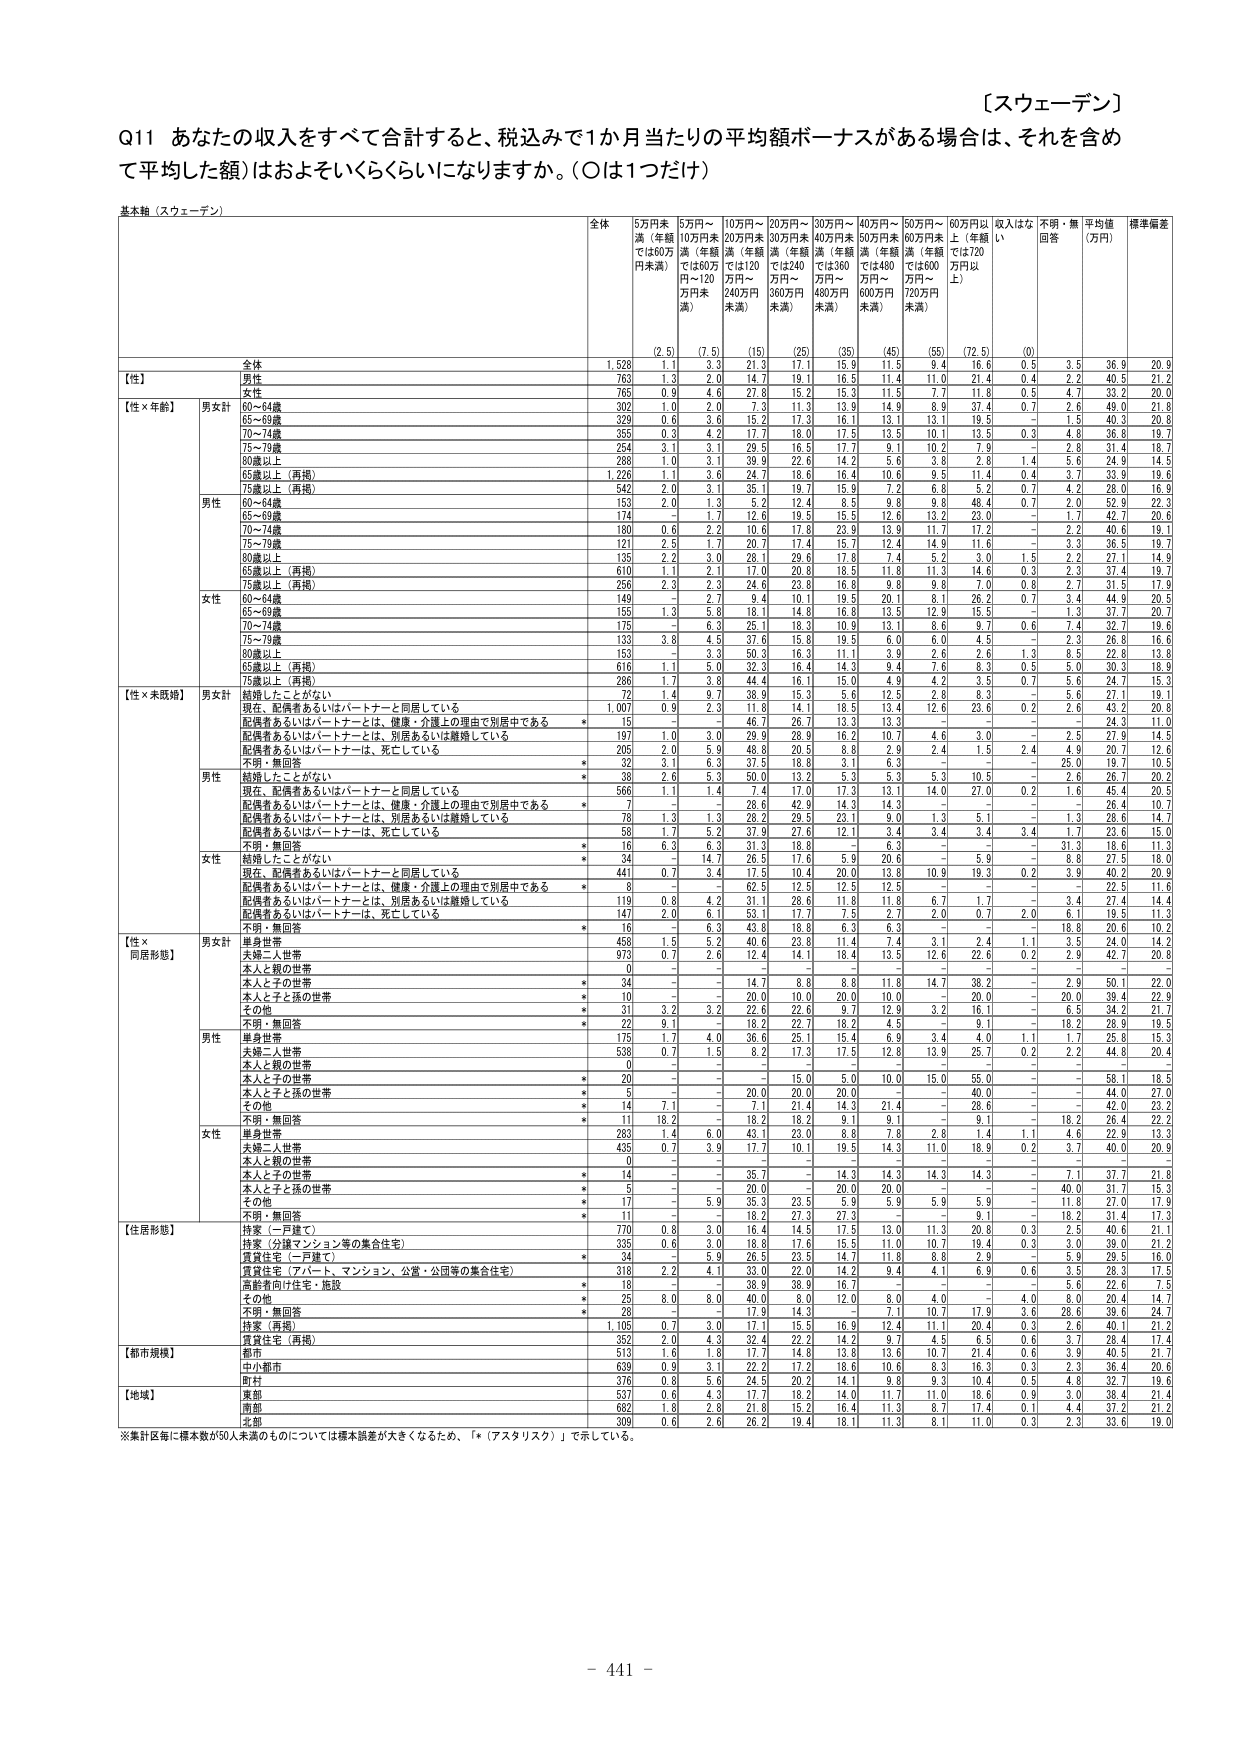
【スウェーデン】

Q11 あなたの収入をすべて合計すると、税込みで1か月当たりの平均額ボーナスがある場合は、それを含めて平均した額）はおよそいくらくらいになりますか。（○は1つだけ）

基本軸（スウェーデン）

全体 5万円未満（年額では60万円未満） 5万円～10万円未満（年額では60万円～120万円未満） 10万円～20万円未満（年額では120万円～240万円未満） 20万円～30万円未満（年額では240万円～360万円未満） 30万円～40万円未満（年額では360万円～480万円未満） 40万円～50万円未満（年額では480万円～600万円未満） 50万円～60万円未満（年額では600万円～720万円未満） 60万円以上（年額では720万円以上） 収入はない 不明・無回答 平均値（万円） 標準偏差

全体 1,528 1.1 3.3 21.3 17.1 15.9 11.5 9.4 16.6 0.5 3.5 36.9 20.9
（2.5） （7.5） （15） （25） （35） （45） （55） （72.5） （0）

【性】
男性 763 1.3 2.0 14.7 19.1 16.5 11.4 11.0 21.4 0.4 2.2 40.5 21.2
女性 765 0.9 4.6 27.8 15.2 15.3 11.5 7.7 11.8 0.5 4.7 33.2 20.0

【性×年齢】
男女計 60～64歳 302 1.0 2.0 7.3 11.3 13.9 14.9 8.9 37.4 0.7 2.6 49.0 21.8
65～69歳 329 0.6 3.6 15.2 17.3 16.1 13.1 13.1 19.5 － 1.5 40.3 20.8
70～74歳 355 0.3 4.2 17.7 18.0 17.5 13.5 10.1 13.5 0.3 4.8 36.8 19.7
75～79歳 254 3.1 3.1 29.5 16.5 17.7 9.1 10.2 7.9 － 2.8 31.4 18.7
80歳以上 288 1.0 3.1 39.9 22.6 14.2 5.6 3.8 2.8 1.4 5.6 24.9 14.5
65歳以上（再掲） 1,226 1.1 3.6 24.7 18.6 16.4 10.6 9.5 11.4 0.4 3.7 33.9 19.6
75歳以上（再掲） 542 2.0 3.1 35.1 19.7 15.9 7.2 6.8 5.2 0.7 4.2 28.0 16.9

男性
60～64歳 153 2.0 1.3 5.2 12.4 8.5 9.8 9.8 48.4 0.7 2.0 52.9 22.3
65～69歳 174 － 1.7 12.6 19.5 15.5 12.6 13.2 23.0 － 1.7 42.7 20.6
70～74歳 180 0.6 2.2 10.6 17.8 23.9 13.9 11.7 17.2 － 2.2 40.6 19.1
75～79歳 121 2.5 1.7 20.7 17.4 15.7 12.4 14.9 11.6 － 3.3 36.5 19.7
80歳以上 135 1.2 3.0 38.1 20.6 17.8 7.4 5.2 3.0 1.5 8.2 22.1 13.9
65歳以上（再掲） 610 1.1 2.1 17.0 20.8 15.5 11.8 11.3 14.6 0.3 2.3 37.4 19.7
75歳以上（再掲） 256 2.3 2.3 24.6 23.8 16.8 9.8 9.8 7.0 0.8 2.7 31.5 17.9

女性
60～64歳 149 － 2.7 9.4 10.1 19.5 20.1 8.1 26.2 0.7 3.4 44.9 20.5
65～69歳 155 1.3 5.8 18.1 14.8 16.8 13.5 12.9 15.5 － 1.3 37.7 20.7
70～74歳 175 － 6.3 25.1 18.3 10.9 13.1 8.6 9.7 0.6 7.4 32.7 19.6
75～79歳 133 3.8 4.5 37.6 15.8 19.5 6.0 6.0 4.5 － 2.3 26.8 16.6
80歳以上 153 0.7 3.3 42.3 16.3 11.1 3.9 2.6 2.6 1.3 8.5 22.8 13.0
65歳以上（再掲） 616 1.1 5.0 32.3 16.4 14.3 9.4 7.6 8.3 0.5 5.0 30.3 18.9
75歳以上（再掲） 286 1.7 3.8 44.4 16.1 15.0 4.9 4.2 3.5 0.7 5.6 24.7 15.3

【性×未婚既】
男女計 結婚したことがない 72 1.4 9.7 38.9 15.3 5.6 12.5 2.8 8.3 － 5.6 27.1 19.1
現在、配偶者あるいはパートナーと同居している 1,007 0.9 2.3 11.8 14.1 18.5 13.4 12.6 23.6 0.2 2.6 43.2 20.8
配偶者あるいはパートナーとは、健康・介護上の理由で別居中である * 15 － － 46.7 26.7 13.3 13.3 － － － － 24.3 11.0
配偶者あるいはパートナーとは、別居あるいは離婚している * 197 1.0 3.0 29.9 28.9 16.2 10.7 4.6 3.0 － 2.5 27.9 14.5
配偶者あるいはパートナーは、死亡している * 265 2.0 5.9 48.5 20.5 8.8 2.9 2.4 1.5 2.4 4.8 20.7 12.6
不明・無回答 * 32 3.1 6.3 37.5 18.8 3.1 6.3 － － － 25.0 19.1 10.2

男性
結婚したことがない * 38 2.6 5.3 50.0 13.2 5.3 5.3 5.3 10.5 － 2.6 26.7 20.2
現在、配偶者あるいはパートナーと同居している 566 1.1 1.4 7.4 17.0 17.3 13.1 14.0 27.0 0.2 1.6 45.4 20.5
配偶者あるいはパートナーとは、健康・介護上の理由で別居中である * 7 － － 28.6 42.9 14.3 14.3 － － － － 26.4 10.7
配偶者あるいはパートナーとは、別居あるいは離婚している 78 1.3 1.3 28.2 29.5 23.1 9.0 1.3 5.1 － 1.3 28.6 14.7
配偶者あるいはパートナーは、死亡している 58 1.7 5.2 37.9 27.6 12.1 3.4 3.4 3.4 3.4 1.7 23.8 15.0
不明・無回答 * 16 6.3 6.3 31.3 18.8 － 6.3 － － － 31.3 18.8 11.3

女性
結婚したことがない * 34 － 14.7 26.5 17.6 5.9 20.6 － 5.9 － 8.8 27.5 18.0
現在、配偶者あるいはパートナーと同居している 441 0.7 3.4 17.5 10.4 20.0 13.8 10.9 19.3 0.2 3.9 40.2 20.9
配偶者あるいはパートナーとは、健康・介護上の理由で別居中である * 8 － － 62.5 12.5 12.5 12.5 － － － － 22.5 11.6
配偶者あるいはパートナーとは、別居あるいは離婚している 119 0.8 4.2 31.1 28.6 11.8 11.8 6.7 1.7 － 3.4 27.4 14.4
配偶者あるいはパートナーは、死亡している 147 2.0 6.1 53.1 17.7 7.5 2.7 2.0 0.7 2.0 6.1 19.5 11.3
不明・無回答 * 16 － 6.3 43.8 18.8 6.3 6.3 － － － 18.8 20.6 10.2

【性×同居形態】
男女計 単身世帯 458 1.5 5.2 40.6 23.8 11.4 7.4 3.1 2.4 1.1 3.5 24.0 14.2
夫婦二人世帯 973 0.7 2.6 12.4 14.1 18.4 13.5 12.6 22.6 0.2 2.8 42.7 20.8
本人と親の世帯 0 － － － － － － － － － － － －
本人と子の世帯 * 34 － － 14.7 8.8 8.8 11.8 14.7 38.2 － 2.9 50.1 22.0
本人と子と孫の世帯 * 10 － － 20.0 10.0 20.0 10.0 － 20.0 － 20.0 39.4 22.9
その他 * 31 3.2 3.2 22.6 22.6 9.7 12.9 3.2 16.1 － 6.5 34.2 21.7
不明・無回答 * 22 9.1 － 18.2 22.7 18.2 4.5 － 9.1 － 18.2 28.9 19.5

男性
単身世帯 175 1.7 4.0 36.6 25.1 15.4 6.9 3.4 4.0 1.1 1.7 25.8 15.3
夫婦二人世帯 538 0.7 1.5 8.2 17.3 17.5 12.8 13.9 25.7 0.2 2.2 44.8 20.4
本人と親の世帯 0 － － － － － － － － － － － －
本人と子の世帯 * 20 － － 15.0 5.0 10.0 15.0 55.0 － － 58.1 18.5
本人と子と孫の世帯 * 5 － － 20.0 20.0 20.0 － － 40.0 － － 44.0 27.0
その他 * 14 7.1 － 7.1 21.4 14.3 21.4 － 28.6 － － 42.0 23.2
不明・無回答 * 11 18.2 － 18.2 27.3 27.3 － － 9.1 － 18.2 26.4 22.2

女性
単身世帯 283 1.4 6.0 43.1 23.0 8.8 7.8 2.8 1.4 1.1 4.6 22.9 13.3
夫婦二人世帯 435 0.7 3.9 17.7 10.1 19.5 14.3 11.0 18.9 0.2 3.7 40.0 20.9
本人と親の世帯 0 － － － － － － － － － － － －
本人と子の世帯 * 14 － － 35.7 － 14.3 14.3 14.3 14.3 － 7.1 37.7 21.8
本人と子と孫の世帯 * 5 － － 20.0 － 20.0 20.0 － － － 40.0 31.7 15.3
その他 * 17 － 5.9 35.3 23.5 5.9 5.9 5.9 5.9 － 11.8 27.0 17.9
不明・無回答 * 11 － － 18.2 27.3 27.3 － － 9.1 － 18.2 31.4 17.3

【住居形態】
持家（一戸建て） 770 0.8 3.0 16.4 14.5 17.5 13.0 11.3 20.8 0.3 2.5 40.6 21.1
持家（分譲マンション等の集合住宅） 335 0.6 3.0 18.8 17.6 15.5 11.0 10.7 19.4 0.3 3.0 39.0 21.2
賃貸住宅（一戸建て） * 34 － 5.9 26.5 23.5 14.7 11.8 8.8 2.9 － 5.9 29.5 16.0
賃貸住宅（アパート、マンション、公営・公団等の集合住宅） 318 2.2 4.1 33.0 22.0 14.2 9.4 4.1 6.9 0.6 3.5 28.3 17.5
高齢者向け住宅・施設 * 18 － － 38.9 38.9 16.7 － － － － 5.6 22.6 7.5
その他 * 25 8.0 8.0 40.0 8.0 12.0 8.0 4.0 － 4.0 8.0 20.4 14.7
不明・無回答 * 28 － － 17.9 14.3 － 7.1 10.7 17.9 3.6 28.6 39.6 24.7

【都市規模】
持家（再掲） 1,105 0.7 3.0 17.1 15.5 16.9 12.4 11.1 20.4 0.3 2.6 40.1 21.2
賃貸住宅（再掲） 352 2.0 4.3 32.4 22.2 14.2 9.7 4.5 6.5 0.6 3.7 28.4 17.4
都市 513 1.6 1.8 17.7 21.4 13.8 13.6 10.7 21.4 0.6 3.9 40.5 21.4
中小都市 639 0.9 3.1 22.2 17.2 18.6 10.6 8.3 16.3 0.3 2.3 36.4 20.6
町村 376 0.8 5.6 24.5 20.2 14.1 9.8 9.3 10.4 0.5 4.8 32.7 19.6

【地域】
東部 537 0.6 4.3 17.7 18.2 14.0 11.7 11.0 18.6 0.9 3.0 38.4 21.4
南部 682 1.8 2.8 21.8 15.2 16.4 11.3 8.7 17.4 0.1 4.4 37.2 21.2
北部 309 0.6 2.6 26.2 19.4 18.1 11.3 8.1 11.0 0.3 2.3 33.6 19.0

※集計区毎に標本数が50人未満のものについては標準誤差が大きくなるため、「*（アスタリスク）」で示している。

- 441 -